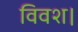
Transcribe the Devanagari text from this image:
विवश।